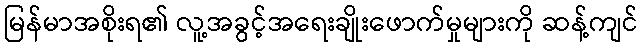
မြန်မာအစိုးရ၏ လူ့အခွင့်အရေးချိုးဖောက်မှုများကို ဆန့်ကျင်